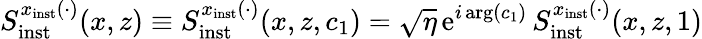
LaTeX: S_{\mathrm{inst}}^{x_{\mathrm{inst}}(\cdot)}(x,z)\equiv S_{\mathrm{inst}}^{x_{\mathrm{inst}}(\cdot)}(x,z,c_{1})=\sqrt{\eta}\, \mathrm{e}^{i\arg(c_{1})}\, S_{\mathrm{inst}}^{x_{\mathrm{inst}}(\cdot)}(x,z,1)